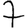
Digit: 7